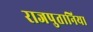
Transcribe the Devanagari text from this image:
राजपुतानिया